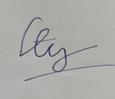
Signature authenticity: forged